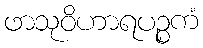
ဖာသုဝိဟာရပဉ္စကံ